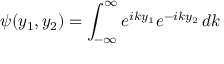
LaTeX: \psi ( y _ { 1 } , y _ { 2 } ) = \int _ { - \infty } ^ { \infty } e ^ { i k y _ { 1 } } e ^ { - i k y _ { 2 } } \, d k